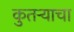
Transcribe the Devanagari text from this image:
कुतऱ्याचा